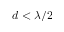
d < \lambda / 2